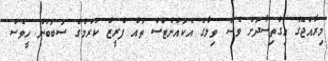
މިރާއްޖޭގެ އިގްތިސާދަށް ވެސް ވިލާގެ އެކައުންޓްސް ތައް ފްރީޒް ކުރުމުގެ ސަބަބުން ހީވެސް